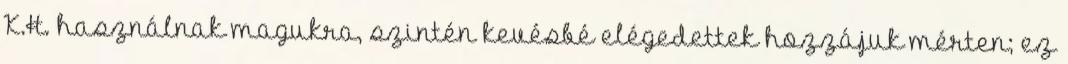
K.H. használnak magukra, szintén kevésbé elégedettek hozzájuk mérten; ez